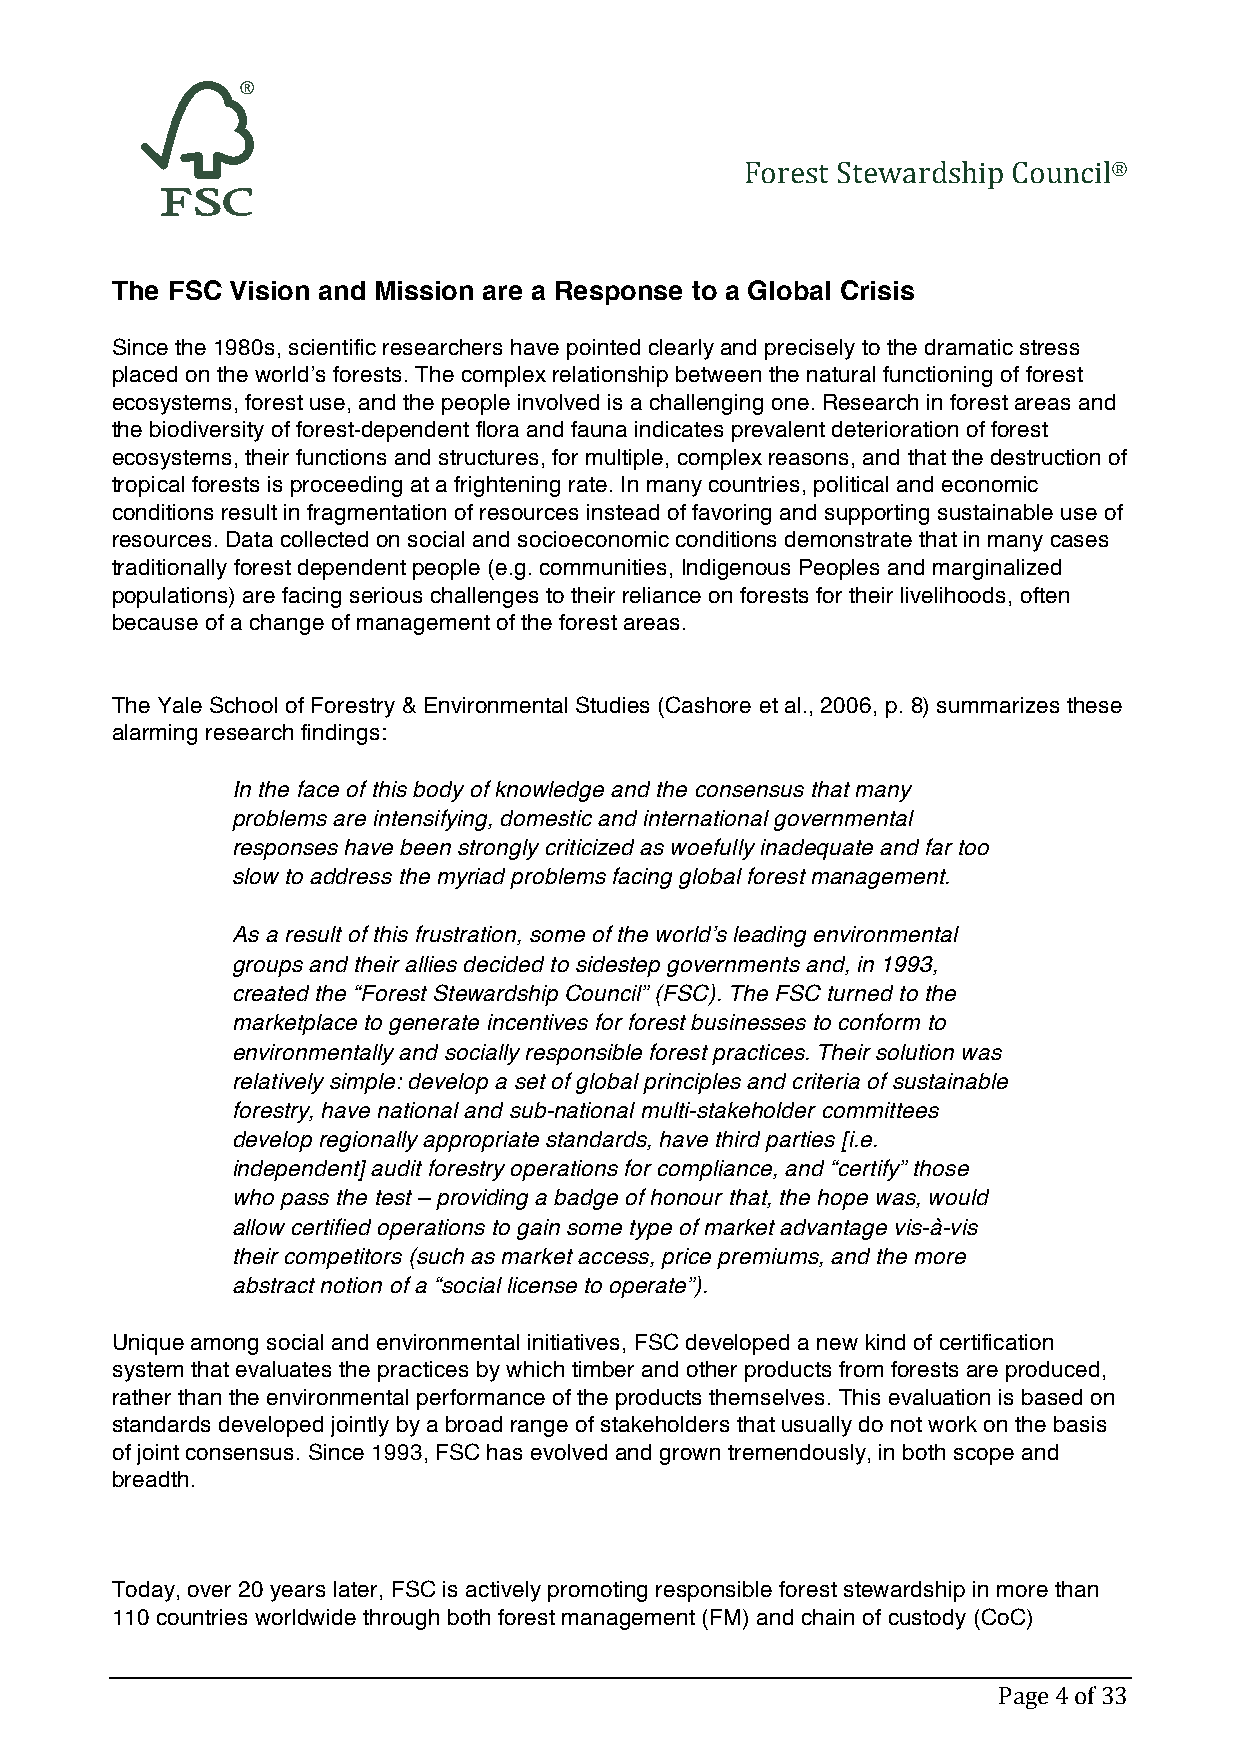
Forest Stewardship Council®
 The FSC Vision and Mission are a Response to a Global Crisis
 Since the 1980s, scientific researchers have pointed clearly and precisely to the dramatic stress
 placed on the world’s forests. The complex relationship between the natural functioning of forest
 ecosystems, forest use, and the people involved is a challenging one. Research in forest areas and
 the biodiversity of forest-dependent flora and fauna indicates prevalent deterioration of forest
 ecosystems, their functions and structures, for multiple, complex reasons, and that the destruction of
 tropical forests is proceeding at a frightening rate. In many countries, political and economic
 conditions result in fragmentation of resources instead of favoring and supporting sustainable use of
 resources. Data collected on social and socioeconomic conditions demonstrate that in many cases
 traditionally forest dependent people (e.g. communities, Indigenous Peoples and marginalized
 populations) are facing serious challenges to their reliance on forests for their livelihoods, often
 because of a change of management of the forest areas.
 The Yale School of Forestry & Environmental Studies (Cashore et al., 2006, p. 8) summarizes these
 alarming research findings:
 In the face of this body of knowledge and the consensus that many
 problems are intensifying, domestic and international governmental
 responses have been strongly criticized as woefully inadequate and far too
 slow to address the myriad problems facing global forest management.
 As a result of this frustration, some of the world’s leading environmental
 groups and their allies decided to sidestep governments and, in 1993,
 created the “Forest Stewardship Council” (FSC). The FSC turned to the
 marketplace to generate incentives for forest businesses to conform to
 environmentally and socially responsible forest practices. Their solution was
 relatively simple: develop a set of global principles and criteria of sustainable
 forestry, have national and sub-national multi-stakeholder committees
 develop regionally appropriate standards, have third parties [i.e.
 independent] audit forestry operations for compliance, and “certify” those
 who pass the test – providing a badge of honour that, the hope was, would
 allow certified operations to gain some type of market advantage vis-à-vis
 their competitors (such as market access, price premiums, and the more
 abstract notion of a “social license to operate”).
 Unique among social and environmental initiatives, FSC developed a new kind of certification
 system that evaluates the practices by which timber and other products from forests are produced,
 rather than the environmental performance of the products themselves. This evaluation is based on
 standards developed jointly by a broad range of stakeholders that usually do not work on the basis
 of joint consensus. Since 1993, FSC has evolved and grown tremendously, in both scope and
 breadth.
 Today, over 20 years later, FSC is actively promoting responsible forest stewardship in more than
 110 countries worldwide through both forest management (FM) and chain of custody (CoC)
 Page 4 of 33